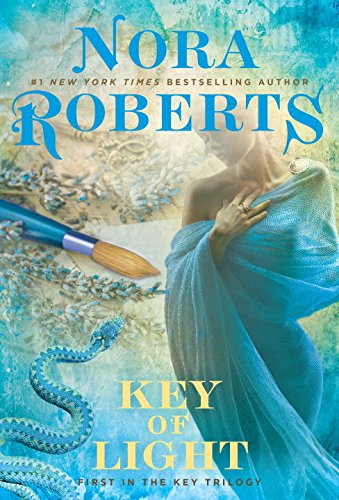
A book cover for Key of Light: Key Trilogy; Nora Roberts; Romance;